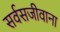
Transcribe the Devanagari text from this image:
सर्वसजीवाना